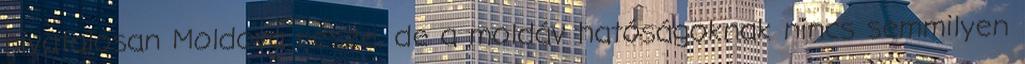
hivatalosan Moldova része, de a moldáv hatóságoknak nincs semmilyen